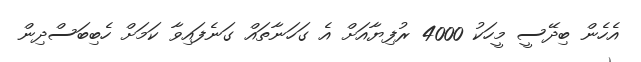
އެހެން ބިދޭސީ މީހަކު 4000 ރުފިޔާއަށް އެ ގަހަނާތައް ގަނެފައިވާ ކަމަށް ހެބިބަސްދިން